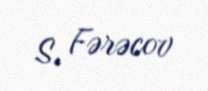
S. Fərəcov